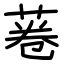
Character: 菤